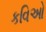
કવિઓ